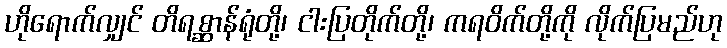
ဟိုရောက်လျှင် တိရစ္ဆာန်ရုံတို့၊ ငါးပြတိုက်တို့၊ ကရဝိက်တို့ကို လိုက်ပြမည်ဟု